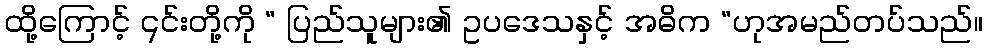
ထို့ကြောင့် ၎င်းတို့ကို “ ပြည်သူများ၏ ဥပဒေသနှင့် အဓိက “ဟုအမည်တပ်သည်။